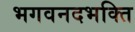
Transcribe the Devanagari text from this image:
भगवनदभक्ति